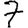
Digit: 7